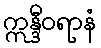
ဣန္ဒီဝရာနံ